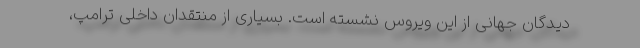
دیدگان جهانی از این ویروس نشسته است. بسیاری از منتقدان داخلی ترامپ،